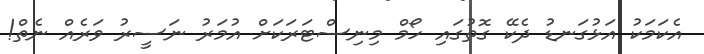
އެކަމަކު އަޅުގަނޑު ދެކޭ ގޮތުގައި ހޯމް މިނިސްޓަރަކަށް އުމަރު ނަސީރު ވަރެއް ނެތް!